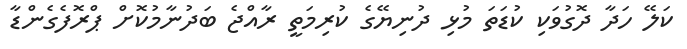
ކަލޭ ހަދާ ދޮގުވަކި ކުޑަތަ މުޅި ދުނިޔޭގެ ކުރިމަތީ ރާއްޖެ ބަދުނާމުކޮށް ޕްރޮފެގެންޑާ